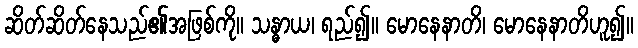
ဆိတ်ဆိတ်နေသည်၏အဖြစ်ကို။ သန္ဓာယ၊ ရည်၍။ မောနေနာတိ၊ မောနေနာတိဟူ၍။